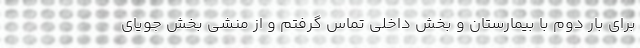
برای بار دوم با بیمارستان و بخش داخلی تماس گرفتم و از منشی بخش جویای